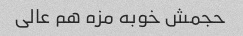
حجمش خوبه مزه هم عالی